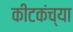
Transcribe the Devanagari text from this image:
कीटकंच्या